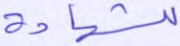
للشهادة